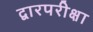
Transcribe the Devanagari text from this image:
द्वारपरीक्षा